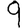
Digit: 9